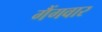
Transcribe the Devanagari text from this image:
गैंगवार